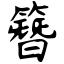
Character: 簪